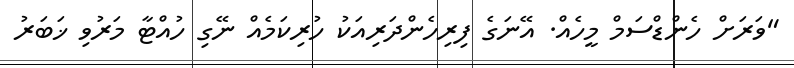
"ވަރަށް ހެންޑްސަމް މީހެއް. އޭނަގެ ފިރިހެންދަރިއަކު ހުރިކަމެއް ނޭގި ހުއްޓާ މަރުވި ޚަބަރު